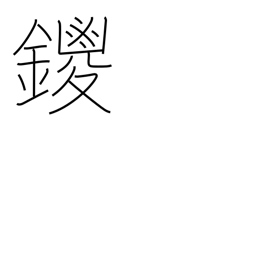
Meaning: name